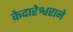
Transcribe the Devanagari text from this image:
केदारेश्वराने